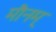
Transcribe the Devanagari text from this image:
मौनम्‌